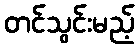
တင်သွင်းမည့်